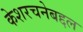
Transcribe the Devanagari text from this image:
केशरचनेबद्दल